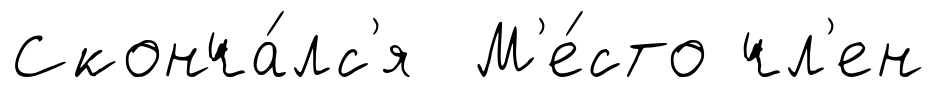
Сконча́лс'я М'е́сто чл'ен